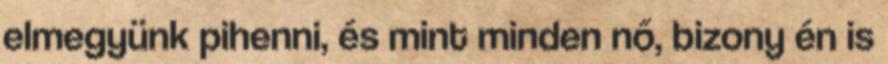
elmegyünk pihenni, és mint minden nő, bizony én is